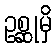
ဥစ္ဆုမှိ